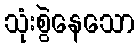
သုံးစွဲနေသော